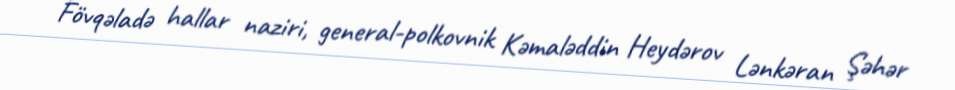
Fövqəladə hallar naziri, general-polkovnik Kəmaləddin Heydərov Lənkəran Şəhər